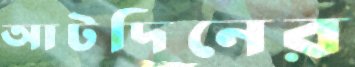
আটদিনের